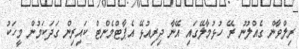
ރިލްވާން ގެއްލުނު ރޭ ހުޅުމާލޭގައި އޭނާ ދިރިއުޅޭ އެޕާޓްމެންޓް ކައިރިން ގަދަކަމުން މީހަކު